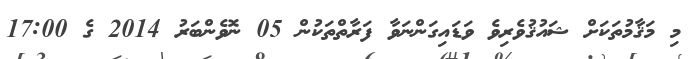
މި މަޤާމުތަކަށް ޝައުޤުވެރިވެ ވަޑައިގަންނަވާ ފަރާތްތަކުން 05 ނޮވެންބަރު 2014 ގެ 17:00